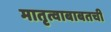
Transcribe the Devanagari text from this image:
मातृत्वाबाबतची